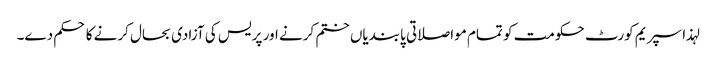
لہذا سپریم کورٹ حکومت کو تمام مواصلاتی پابندیاں ختم کرنے اور پریس کی آزادی بحال کرنے کا حکم دے۔